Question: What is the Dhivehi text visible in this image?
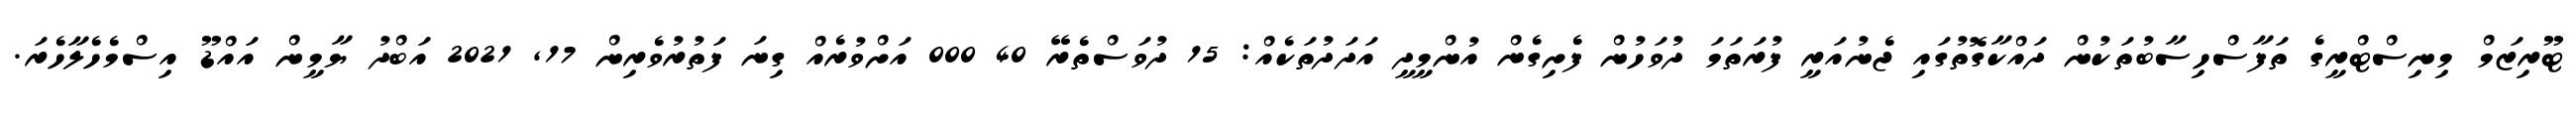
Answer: ޓޫރިޒަމް މިނިސްޓްރީގެ ތަފާސްހިސާބުތަކުން ދައްކާގޮތުގައި ޖެނުއަރީ ފުރަތަމަ ދުވަހުން ފެށިގެން އުންމީދީ އަދަދުތަކެއް: 15 ދުވަސްތެރޭ 40 000 އަށްވުރެއް ގިނަ ފަތުރުވެރިން 17, 2021 އަބްދު ޔާމީން އައްޑޫ އިސްމެހެލާހެރަ.